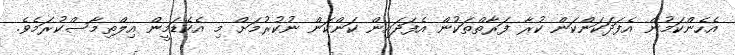
އެހެންކަމުން އެފަދަކަންކަން ކުރާ ފަރާތްތަކުން އެފަދައިން ކަންކަން ނުކުރުމަށް މި އެކެޑަމީން އިލްތިމާސްކުރަމެވެ.